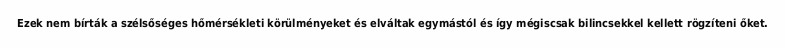
Ezek nem bírták a szélsőséges hőmérsékleti körülményeket és elváltak egymástól és így mégiscsak bilincsekkel kellett rögzíteni őket.